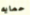
حمايه